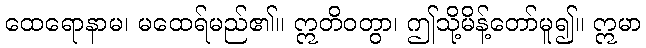
ထေရောနာမ၊ မထေရ်မည်၏။ ဣတိဝတွာ၊ ဤသို့မိန့်တော်မူ၍။ ဣမာ